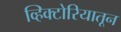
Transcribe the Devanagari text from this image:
व्हिक्टोरियातून